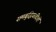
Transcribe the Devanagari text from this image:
समबुद्धिवादियों